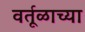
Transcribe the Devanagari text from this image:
वर्तूळाच्या